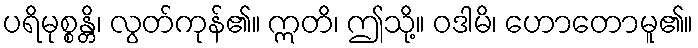
ပရိမုစ္စန္တိ၊ လွတ်ကုန်၏။ ဣတိ၊ ဤသို့။ ဝဒါမိ၊ ဟောတောမူ၏။